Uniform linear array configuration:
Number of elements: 4
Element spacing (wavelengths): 0.25
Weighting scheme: blackman
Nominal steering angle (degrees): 30
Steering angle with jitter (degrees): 29.732
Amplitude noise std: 0.05
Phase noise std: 0.05

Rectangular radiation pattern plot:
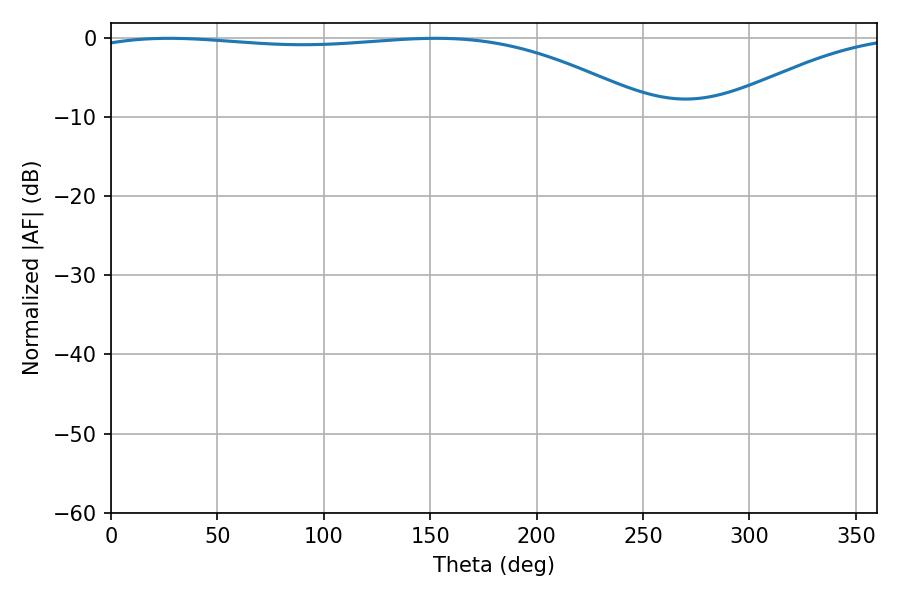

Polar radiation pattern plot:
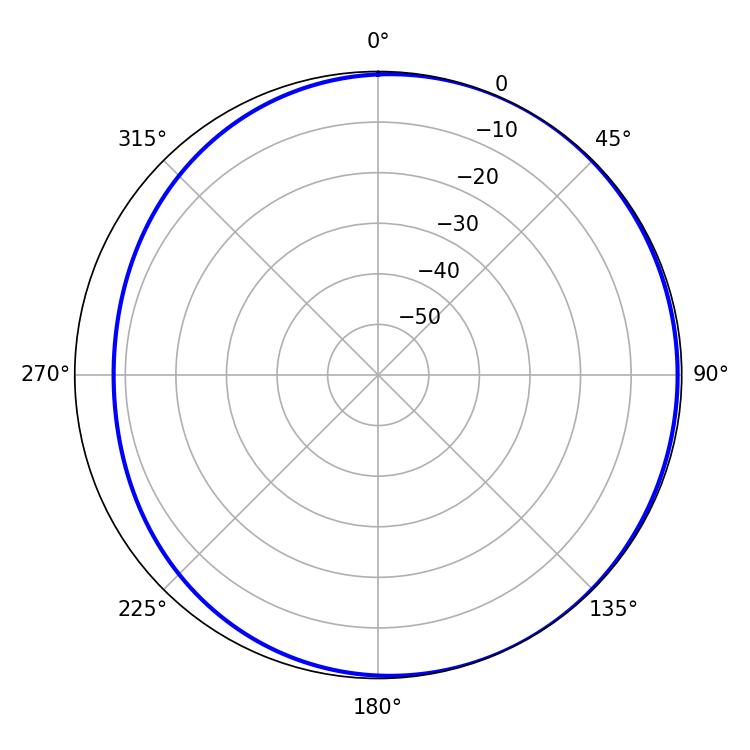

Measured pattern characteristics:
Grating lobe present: FALSE
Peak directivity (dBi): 2.313
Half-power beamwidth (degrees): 212.76
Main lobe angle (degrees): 27.36